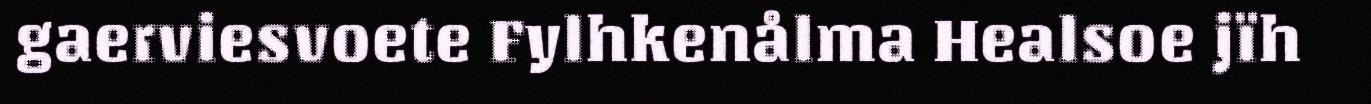
gaerviesvoete Fylhkenålma Healsoe jïh